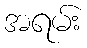
အရမ်း